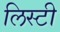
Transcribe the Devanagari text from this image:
लिस्टी